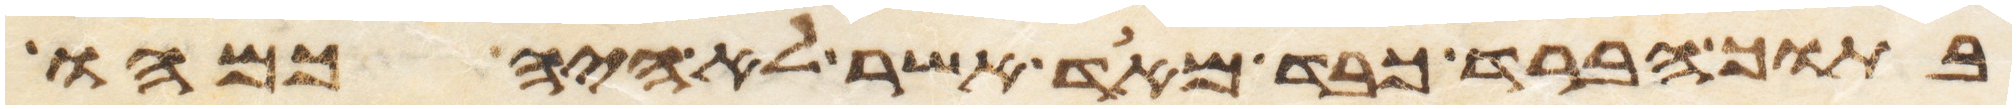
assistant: בתוך הברד כבד מאד אשר לא היה כמהו